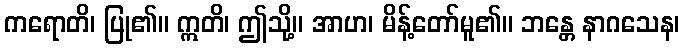
ကရောတိ၊ ပြု၏။ ဣတိ၊ ဤသို့။ အာဟ၊ မိန့်တော်မူ၏။ ဘန္တေ နာဂသေန၊